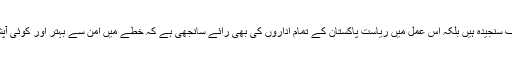
وزیر اعظم عمران خان نے کھل کر کہا کہ ہم پاک بھارت تعلقات میں امن کیلئے نہ صرف سنجیدہ ہیں بلکہ اس عمل میں ریاست پاکستان کے تمام اداروں کی بھی رائے سانجھی ہے کہ خطے میں امن سے بہتر اور کوئی آپشن نہیں مگر ایسی کوششیں یکطرفہ کے بجائے دوطرفہ بنیادوں پر بھی کی جانی چاہیے۔